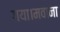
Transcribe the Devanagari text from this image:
गया।मवाना